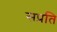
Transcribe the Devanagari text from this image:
सप्रति